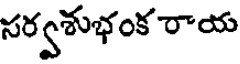
సర్వశుభంక రాయ